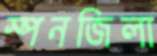
স্পনজিলা